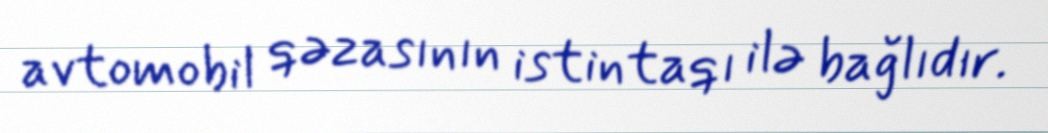
avtomobil qəzasının istintaqı ilə bağlıdır.